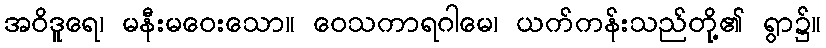
အဝိဒူရေ၊ မနီးမဝေးသော။ ဝေသကာရဂါမေ၊ ယက်ကန်းသည်တို့၏ ရွာ၌။